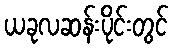
ယခုလဆန်းပိုင်းတွင်